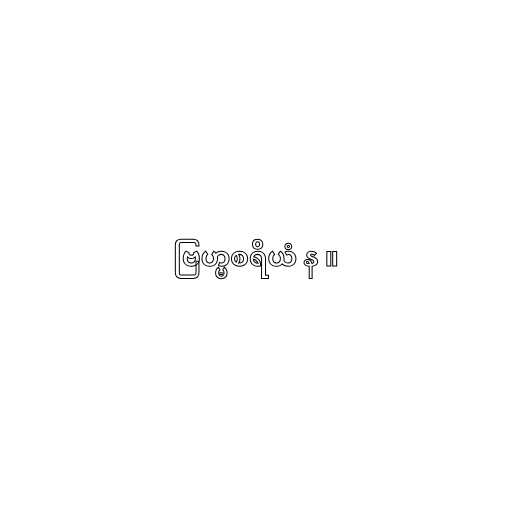
ဗြဟ္မစရိယံ န ။